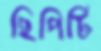
ছিপিটি